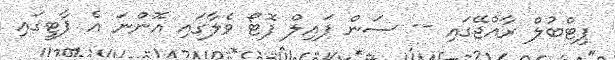
ޕިޓްބުލް ރާއްޖޭގައި -- ސަން ފައިލް ފޮޓޯ ވެލާގައި އޮންނަ އެ ޕާޓީގައި